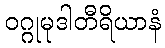
ဝဂ္ဂုမုဒါတီရိယာနံ